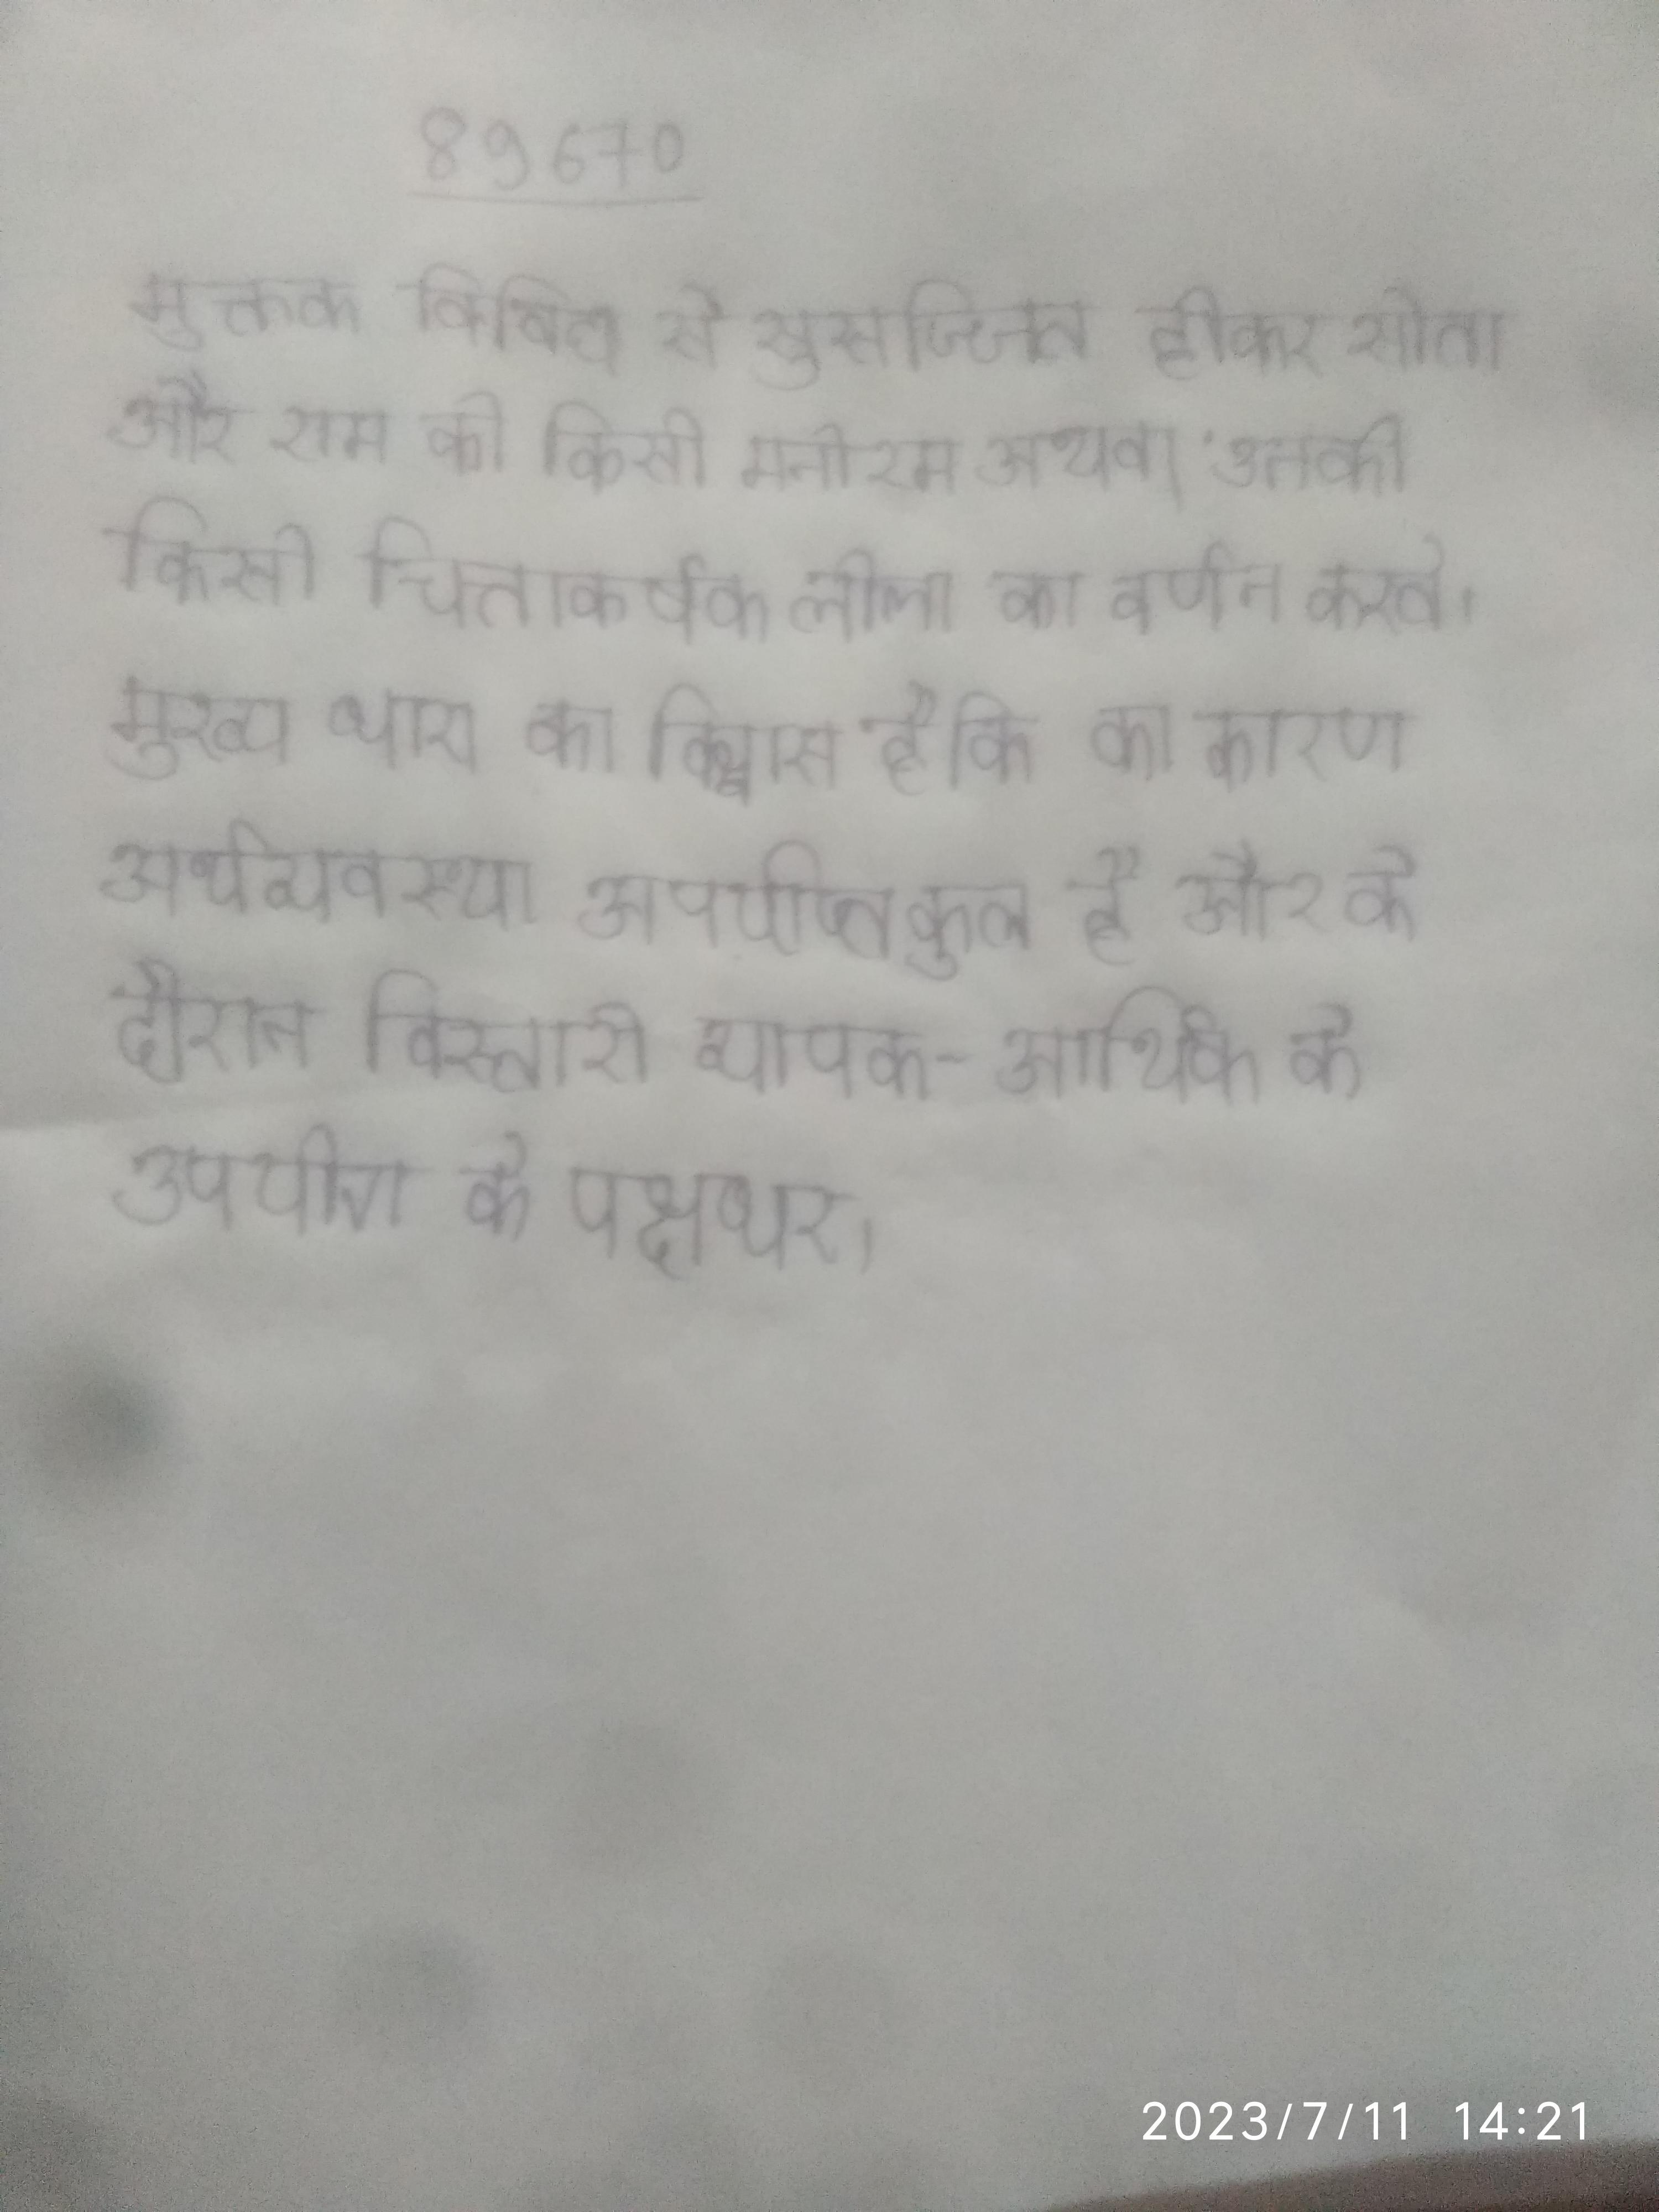
मुक्तक विविध से सुसज्जित होकर सीता और राम की किसी मनोरम अथवा उनकी किसी चित्ताकर्षक लीला का वर्णन करते । मुख्य धारा का विश्वास है कि का कारण अर्थव्यवस्था अपर्याप्त कुल है और के दौरान विस्तारी व्यापक-आर्थिक के उपयोग के पक्षधर ।